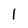
Character: I